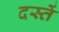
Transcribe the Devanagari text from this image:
दस्तें